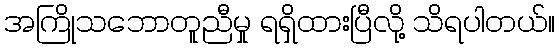
အကြိုသဘောတူညီမှု ရရှိထားပြီလို့ သိရပါတယ်။